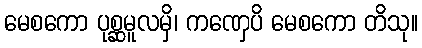
မေစကော ပုစ္ဆမူလမှိ၊ ကဏှေပိ မေစကော တိသု။